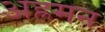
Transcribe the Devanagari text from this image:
अह्रमन